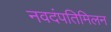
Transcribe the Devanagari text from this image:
नवदंपतिमिलन